Indian journal of veterinary science and animal husbandry - Volumes 22-23, 1952-1953
Year: 1952
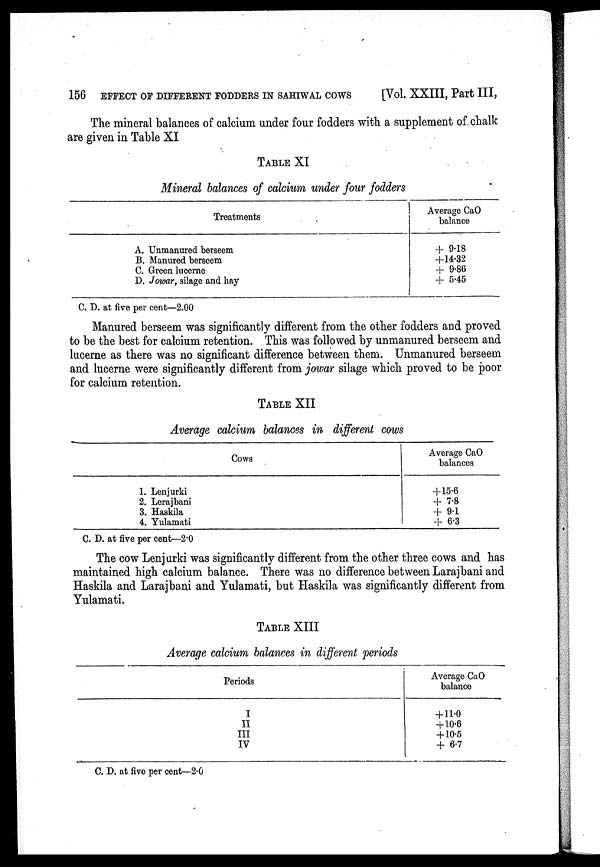
156 EFFECT OF DIFFERENT FODDERS IN SAHIWAL COWS
[Vol. XXIII, Part III,
The mineral balances of calcium under four fodders with a supplement of chalk
are given in Table XI
TABLE XI
Mineral balances of calcium under four fodders
Treatments
A. Unmanured berseem
B. Manured berseem
C. Green lucerne
D. Jowar, silage and hay
Average CaO
balance
+9.18
+14.32
+9.86
+5.45
C. D. at five per cent—2.00
Manured berseem was significantly different from the other fodders and proved
to be the best for calcium retention. This was followed by unmanured berseem and
lucerne as there was no significant difference between them. Unmanured berseem
and lucerne were significantly different from jowar silage which proved to be poor
for calcium retention.
TABLE XII
Average calcium balances in different cows
Cows
1. Lenjurki
2. Lerajbani
3. Haskila
4. Yulamati
Average CaO
balances
+15.6
+7.8
+9.1
+6.3
C. D. at five per cent—2.0
The cow Lenjurki was significantly different from the other three cows and has
maintained high calcium balance. There was no difference between Larajbani and
Haskila and Larajbani and Yulamati, but Haskila was significantly different from
Yulamati.
TABLE XIII
Average calcium balances in different periods
Periods
I
II
III
IV
Average CaO
balance
+11.0
+10.6
+10.5
+6.7
C. D. at five per cent—2.0